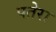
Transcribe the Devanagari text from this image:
पतेरा